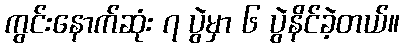
ကွင်းနောက်ဆုံး ၇ ပွဲမှာ ၆ ပွဲနိင်ခဲ့တယ်။